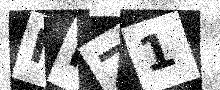
Text: NMZ1